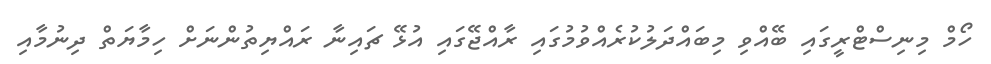
ހޯމް މިނިސްޓްރީގައި ބޭއްވި މިބައްދަލުކުރެއްވުމުގައި ރާއްޖޭގައި އުޅޭ ޗައިނާ ރައްޔިތުންނަށް ހިމާޔަތް ދިނުމާއި